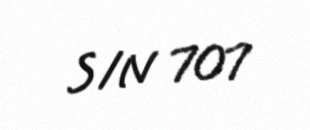
S/N 707